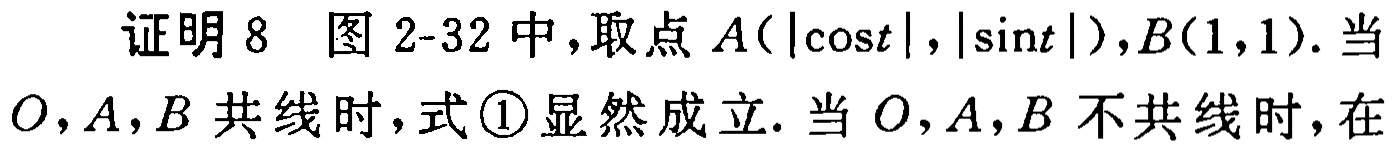
证明 8 图 2-32 中，取点 \(A(|\cos t|,|\sin t|),B(1,1)\). 当 \(O,A,B\) 共线时，式\textcircled{1}显然成立. 当 \(O,A,B\) 不共线时，在